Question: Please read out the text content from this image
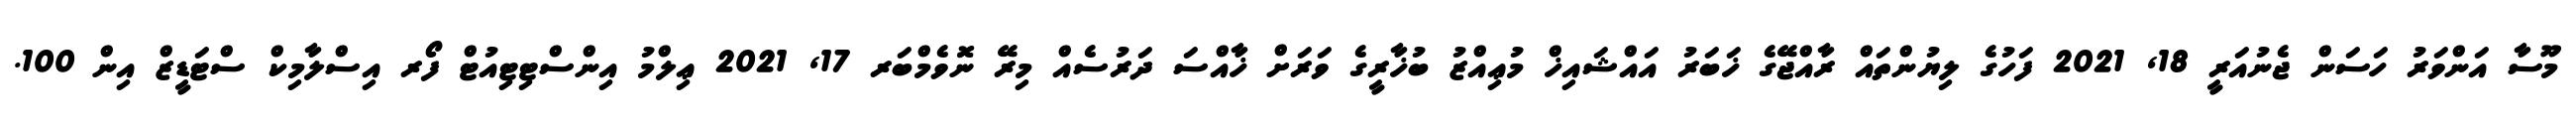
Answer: މޫސާ އަންވަރު ހަސަން ޖެނުއަރީ 18, 2021 ފަހުގެ ލިޔުންތައް ރާއްޖޭގެ ޚަބަރު އައްޝައިޚް މުޢިއްޒު ބުޚާރީގެ ވަރަށް ޚާއްސަ ދަރުސެއް މިރޭ ނޮވެމްބަރ 17, 2021 ޢިލްމު އިންސްޓިޓިއުޓް ފޯރ އިސްލާމިކް ސްޓަޑީޒް އިން 100.